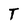
Character: T